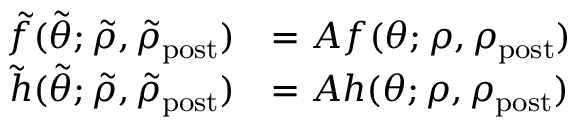
\begin{array} { r l } { \tilde { f } ( \tilde { \theta } ; \tilde { \rho } , \tilde { \rho } _ { \mathrm { p o s t } } ) } & { = A f ( \theta ; \rho , \rho _ { \mathrm { p o s t } } ) } \\ { \tilde { h } ( \tilde { \theta } ; \tilde { \rho } , \tilde { \rho } _ { \mathrm { p o s t } } ) } & { = A h ( \theta ; \rho , \rho _ { \mathrm { p o s t } } ) } \end{array}